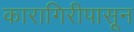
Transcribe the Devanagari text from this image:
कारागिरीपासून